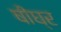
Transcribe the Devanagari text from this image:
षीघ्र